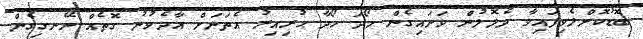
ބޮޑުކޮށްލެވިފައިވާ ދެލޮލުން ވަށައިގެން ހޯދަ ހޯދާ ހުރިއިރު އެތަނަށް އާދެވުނު ގޮތެއް ނޭނގިގެން